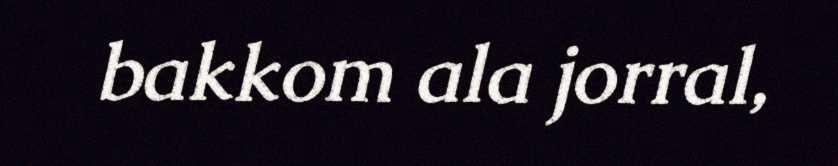
bakkom ala jorral,